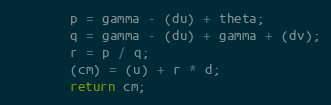
Language: Java
        p = gamma - (du) + theta;
        q = gamma - (du) + gamma + (dv);
        r = p / q;
        (cm) = (u) + r * d;
        return cm;